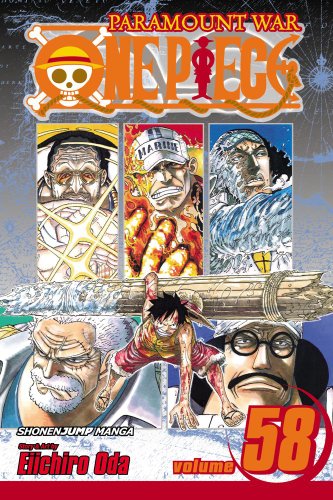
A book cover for One Piece, Vol. 58; Eiichiro Oda; Comics & Graphic Novels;